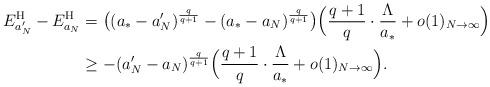
LaTeX: \begin{align*}E_{a_{N}'}^{\rm H} - E_{a_{N}}^{\rm H} & = \big((a_{*}-a_{N}')^{\frac{q}{q+1}} - (a_{*}-a_{N})^{\frac{q}{q+1}}\big) \Big(\frac{q+1}{q}\cdot\frac{\Lambda}{a_{*}} + o(1)_{N\to\infty}\Big) \\& \geq -(a_{N}'-a_{N})^{\frac{q}{q+1}} \Big(\frac{q+1}{q}\cdot\frac{\Lambda}{a_{*}} + o(1)_{N\to\infty}\Big). \end{align*}